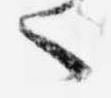
へ